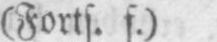
(Forts. f.)